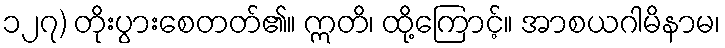
၁၂၇) တိုးပွားစေတတ်၏။ ဣတိ၊ ထို့ကြောင့်။ အာစယဂါမိနာမ၊